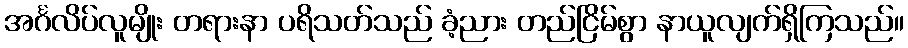
အင်္ဂလိပ်လူမျိုး တရားနာ ပရိသတ်သည် ခံ့ညား တည်ငြိမ်စွာ နာယူလျက်ရှိကြသည်။